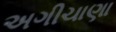
અગીચાણા